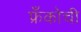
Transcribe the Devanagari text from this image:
फ्रँकोची